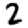
Digit: 2